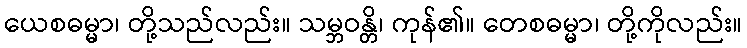
ယေစဓမ္မာ၊ တို့သည်လည်း။ သမ္ဘဝန္တိ၊ ကုန်၏။ တေစဓမ္မာ၊ တို့ကိုလည်း။